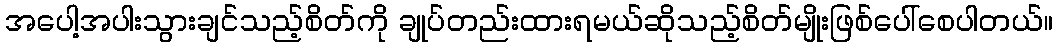
အပေါ့အပါးသွားချင်သည့်စိတ်ကို ချုပ်တည်းထားရမယ်ဆိုသည့်စိတ်မျိုးဖြစ်ပေါ်စေပါတယ်။